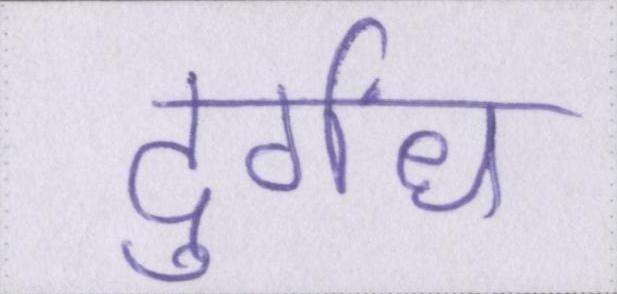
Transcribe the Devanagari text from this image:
दुर्गंध